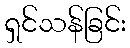
ရှင်သန်ခြင်း